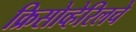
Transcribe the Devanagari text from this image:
क्रिसोव्हेरिलचे